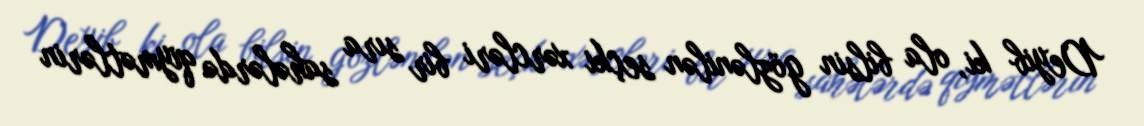
Deyib ki, ola bilsin gözlənilən seçki xərcləri bir sıra sahələrdə qiymətlərin